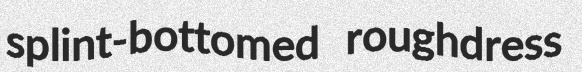
splint-bottomed roughdress